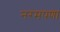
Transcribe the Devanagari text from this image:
नरमपणा